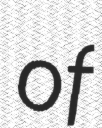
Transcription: of